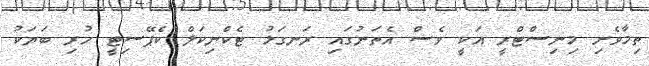
ތިމާވެށި މިނިސްޓްރީ އަކީ ވެސް އެތަނުގައި ރަނގަޅު ޓެކްނިކަލް ކެޕޭސިޓީ ހުރި ބަޔަކު